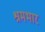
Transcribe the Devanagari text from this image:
श्रमभार